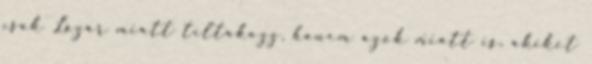
csak Lázár miatt tiltakozz, hanem azok miatt is, akiket